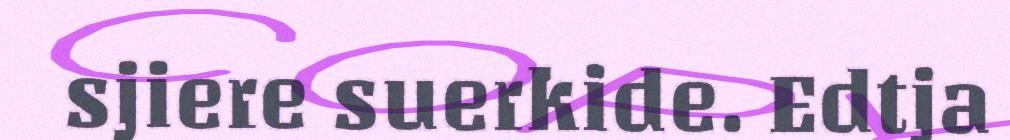
sjiere suerkide. Edtja